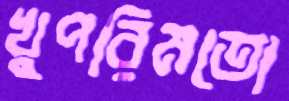
খুপরিমতো